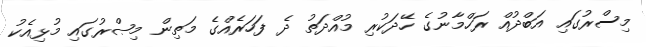
މިސްރުގައި އަބްދުއް ރަހްމާނުގެ ހޭދަކުރި މުއްދަތު ދެ ފަހަރެއްގެ މަތިން މިޞްރުގައި މުޅިއެކު